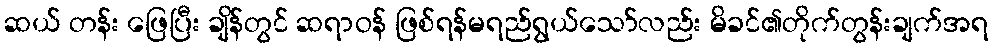
ဆယ် တန်း ဖြေပြီး ချိန်တွင် ဆရာဝန် ဖြစ်ရန်မရည်ရွယ်သော်လည်း မိခင်၏တိုက်တွန်းချက်အရ